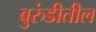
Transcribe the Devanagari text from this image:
बुरुंडीतील